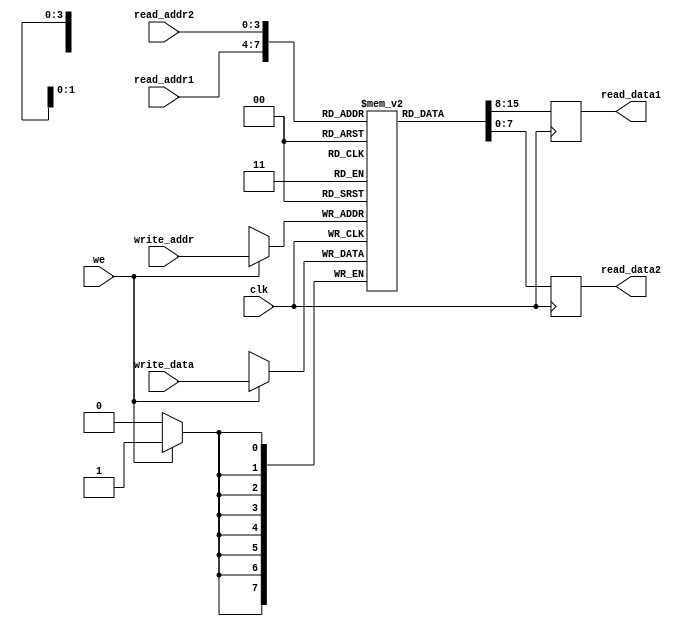

module register_file (
    input wire clk,               // Clock input
    input wire we,                // Write enable
    input wire [3:0] read_addr1,  // Read address 1
    input wire [3:0] read_addr2,  // Read address 2
    input wire [3:0] write_addr,  // Write address
    input wire [7:0] write_data,  // Write data input
    output reg [7:0] read_data1,  // Read data output 1
    output reg [7:0] read_data2   // Read data output 2
);

// Define register array
reg [7:0] register_array [15:0];

// Read and write operations
always @(posedge clk) begin
    if (we) begin
        register_array[write_addr] <= write_data;
    end
    read_data1 <= register_array[read_addr1];
    read_data2 <= register_array[read_addr2];
end

endmodule